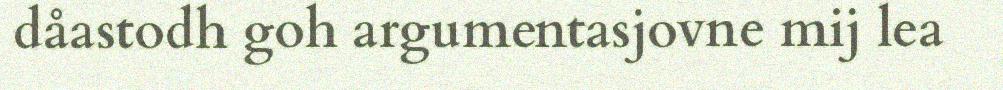
dåastodh goh argumentasjovne mij lea